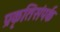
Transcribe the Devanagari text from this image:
प्रकृतिसंपर्क